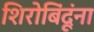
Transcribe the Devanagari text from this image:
शिरोबिंदूंना